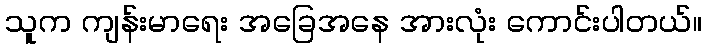
သူက ကျန်းမာရေး အခြေအနေ အားလုံး ကောင်းပါတယ်။